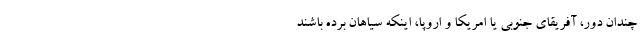
چندان دور، آفریقای جنوبی یا امریکا و اروپا، اینکه سیاهان برده باشند